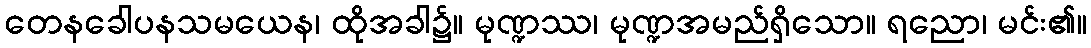
တေနခေါပနသမယေန၊ ထိုအခါ၌။ မုဏ္ဍဿ၊ မုဏ္ဍအမည်ရှိသော။ ရညော၊ မင်း၏။